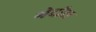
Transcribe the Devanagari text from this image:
गेदीस